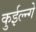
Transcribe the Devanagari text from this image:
कुईल्न्गे